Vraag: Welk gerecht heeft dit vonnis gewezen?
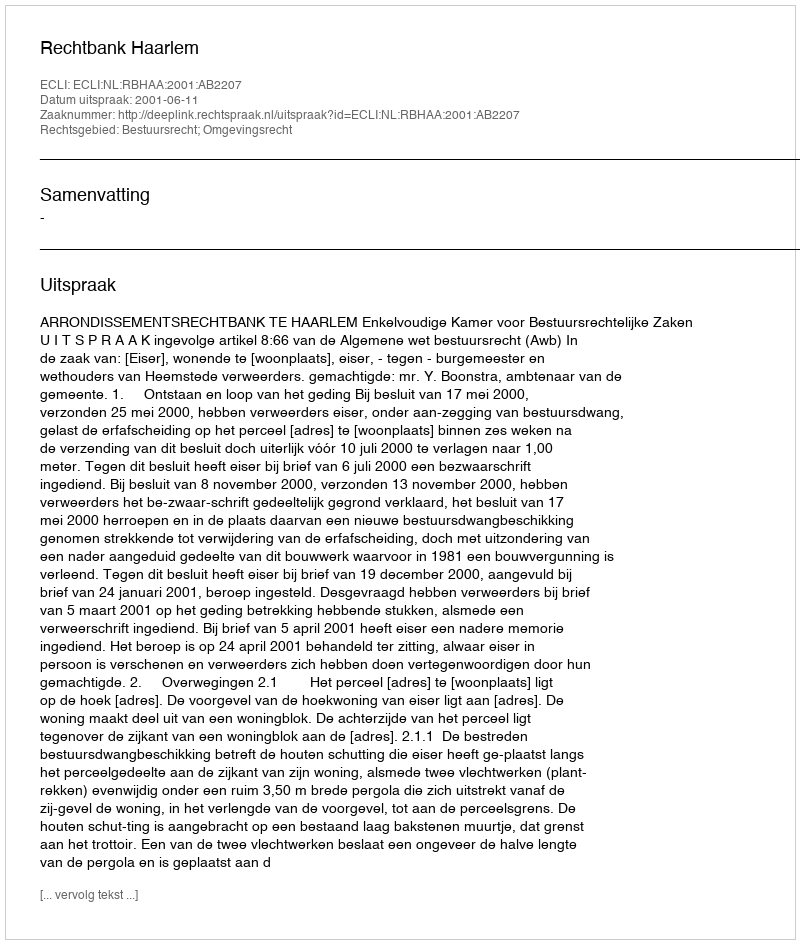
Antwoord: Rechtbank Haarlem